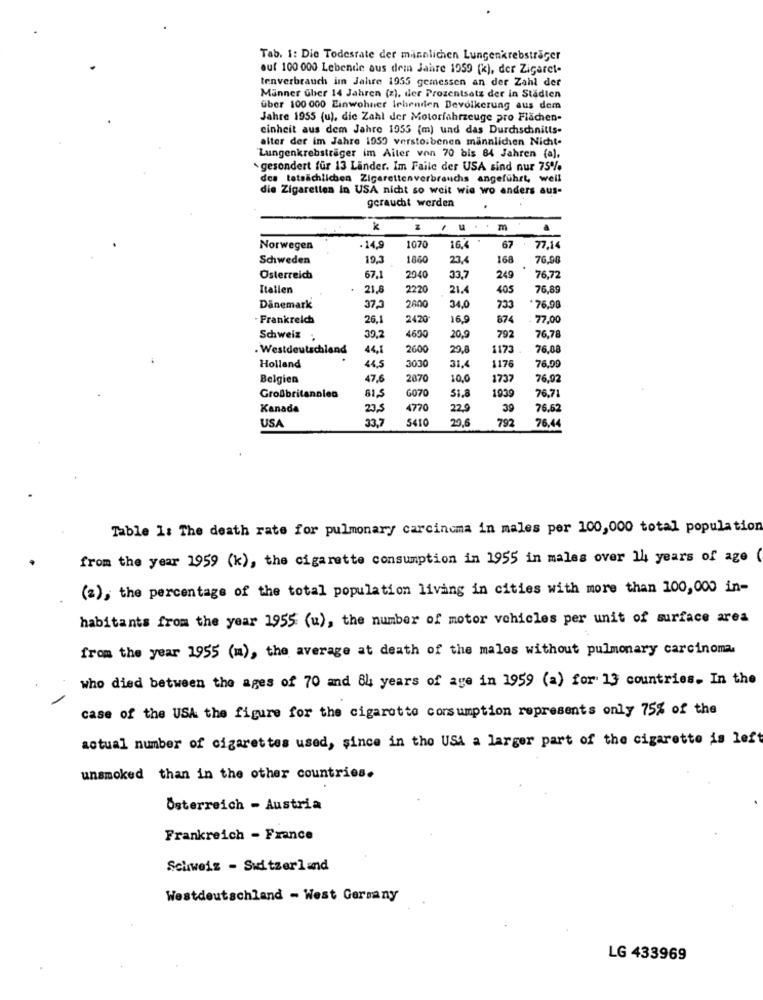
Tab. 1: Die Todesrate der minalichen Lungenkrebsträger
auf 100 000 Lebende aus dem Jahre 1959 (k), der Zigaret-
tenverbrauch im Jahre 1955 gemessen an der Zahl der
Männer über 14 Jahren (z), der Prozentsatz der in Städten
über 100 000 Einwohner Irhrnrien Devolkerung aus dem
Jahre 1955 (u), die Zahl der Motorfahrzeuge pro Flachen-
einheit aus dem Jahre 1955 (m) und das Durchschnitts-
alter der im Jahre 1959 verstorbenen männlichen Nicht-
Lungenkrebsträger im Aiter von 70 bis 84 Jahren (a),
gesondert für 13 Lander. Im Faile der USA sind nur 75%
des tatsächlichen Zigarettenverbrauchs angeführt, weil
die Zigaretten in USA nicht so weit wie wo anders aus-
geraucht werden
z
.. . ..
Norwegen
-14,9
1070
16.4
67
77.14
Schweden
19.
186
23,4
168
76,90
Osterreich
67.1
2040
33,7
249
76,72
Itallen
21,8
2220
21.4
405
76,89
Danemark
37,3
2800
34,0
733
* 76,98
Frankreich
26,1
2420*
16,9
874
77.00
Schweiz .
30,2
4690
20,9
792
76,78
. Westdeutschland
44,1
2600
29,8
1175
76,08
Holland
44,5
3030
31,4
1176
76,99
Belgien
47,6
2070
10,0
1737
76,92
6070
Großbritannien
61,5
51.8
1939
76,7
Kanada
23,5
4770
22.9
39
76.62
33,7
5410
29.6
792
USA
76,44
Table 1: The death rate for pulmonary carcinoma in males per 100,000 total population
from the year 1959 (k), the cigarette consumption in 1955 in males over 14 years of age
(2), the percentage of the total population living in cities with more than 100,000 in-
habitants from the year 1955 (u), the number of motor vehicles per unit of surface area
from the year 1955 (m), the average at death of the males without pulmonary carcinoma.
who died between the ages of 70 and 84 years of age in 1959 (a) for 13 countries. In the
case of the USA the figure for the cigarette consumption represents only 75% of the
actual number of cigarettes used, since in the USA a larger part of the cigarette is left
unsmoked than in the other countries.
Österreich - Austria
Frankreich - France
Schweiz - Switzerland
Westdeutschland - West Germany
LG 433969